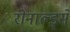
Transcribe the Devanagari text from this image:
रोनाल्ड्से